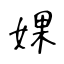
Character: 婐